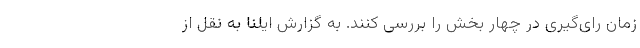
زمان رای‌گیری در چهار بخش را بررسی کنند. به گزارش ایلنا به نقل از